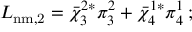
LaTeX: L _ { \mathrm { n m , 2 } } = { \bar { \chi } } _ { 3 } ^ { 2 * } \pi _ { 3 } ^ { 2 } + { \bar { \chi } } _ { 4 } ^ { 1 * } \pi _ { 4 } ^ { 1 } \, ;